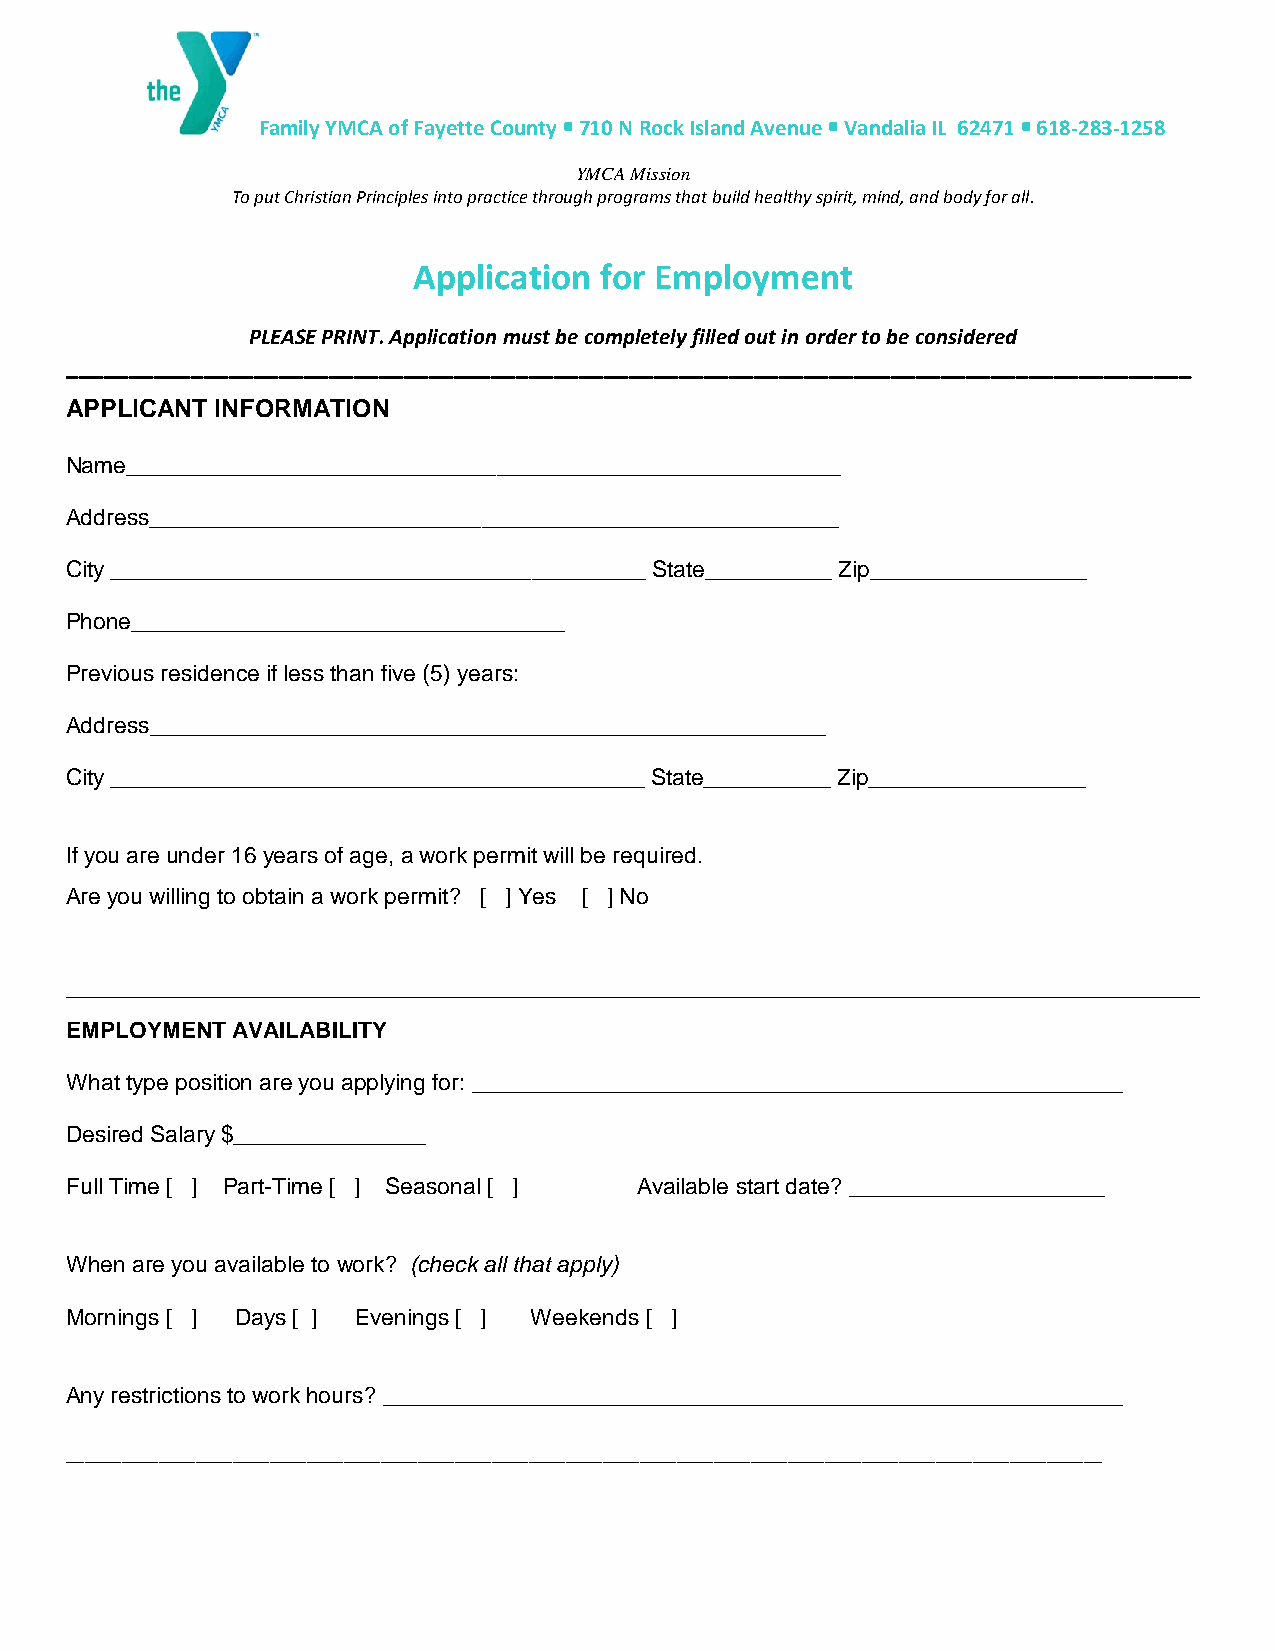
Family YMCA of Fayette County • 710 N Rock Island Avenue • Vandalia IL 62471 • 618-283-1258
 YMCA Mission
 To put Christian Principles into practice through programs that build healthy spirit, mind, and body for all.
 Application  for Employment
 PLEASE PRINT. Application must be completely filled out in order to be considered
 __________________________________________________________________________________________
 APPLICANT INFORMATION
 Name________________________________________________________
 Address______________________________________________________
 City __________________________________________ State__________ Zip_________________
 Phone__________________________________
 Previous residence if less than five (5) years:
 Address_____________________________________________________
 City __________________________________________ State__________ Zip_________________
 If you are under 16 years of age, a work permit will be required.
 Are you willing to obtain a work permit? [ ] Yes [ ] No
 _________________________________________________________________________________
 EMPLOYMENT AVAILABILITY
 What type position are you applying for: ___________________________________________________
 Desired Salary $_______________
 Full Time [ ] Part-Time [ ] Seasonal [ ] Available start date? ____________________
 When are you available to work? (check all that apply)
 Mornings [ ] Days [ ] Evenings [ ] Weekends [ ]
 Any restrictions to work hours? __________________________________________________________
 ________________________________________________________________________________________________________________